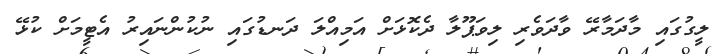
ލީގުގައި މާދަމާރޭ ވާދަވެރި ލިވަޕޫލާ ދެކޮޅަށް އަމިއްލަ ދަނޑުގައި ނުކުންނައިރު އެޓީމަށް ކުޅޭ